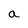
Character: a